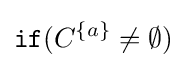
{\mathtt {if}}(C^{\{a\}}\neq \emptyset )